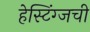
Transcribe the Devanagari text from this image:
हेस्टिंग्जची